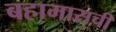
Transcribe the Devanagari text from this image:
बहामासची